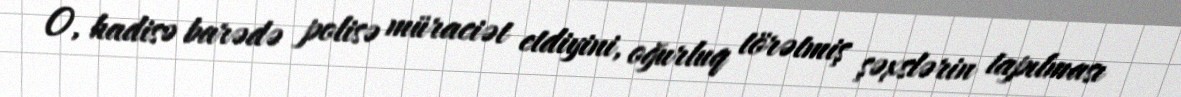
O, hadisə barədə polisə müraciət etdiyini, oğurluq törətmiş şəxslərin tapılması